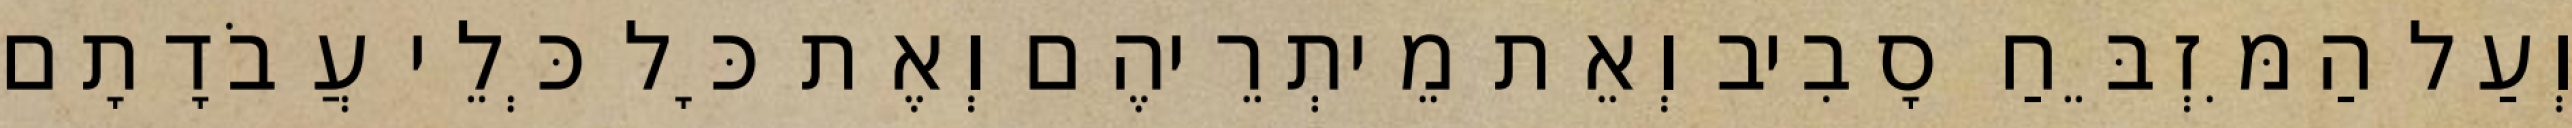
וְעַל הַמִּזְבֵּחַ סָבִיב וְאֵת מֵיתְרֵיהֶם וְאֶת כָּל כְּלֵי עֲבֹדָתָם